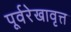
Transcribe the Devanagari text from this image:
पूर्वरेखावृत्त